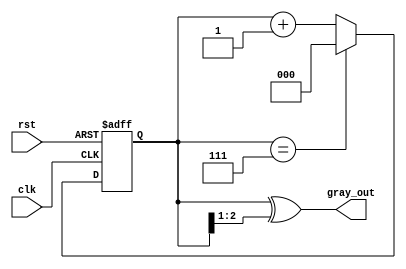
module gray_code_counter (
    input wire clk,       // Clock input
    input wire rst,       // Asynchronous reset
    output reg [2:0] gray_out // 3-bit Gray code output
);

    reg [2:0] binary_count; // 3-bit binary counter

    // Binary to Gray code conversion function
    function [2:0] binary_to_gray;
        input [2:0] binary;
        begin
            binary_to_gray = binary ^ (binary >> 1);
        end
    endfunction

    // Asynchronous reset and counting logic
    always @(posedge clk or posedge rst) begin
        if (rst) begin
            binary_count <= 3'b000; // Reset binary count to 0
        end else begin
            if (binary_count == 3'b111) begin
                binary_count <= 3'b000; // Wrap around to 0
            end else begin
                binary_count <= binary_count + 1; // Increment binary count
            end
        end
    end

    // Update Gray code output based on binary counter
    always @(binary_count) begin
        gray_out <= binary_to_gray(binary_count); // Convert binary to Gray code
    end

endmodule